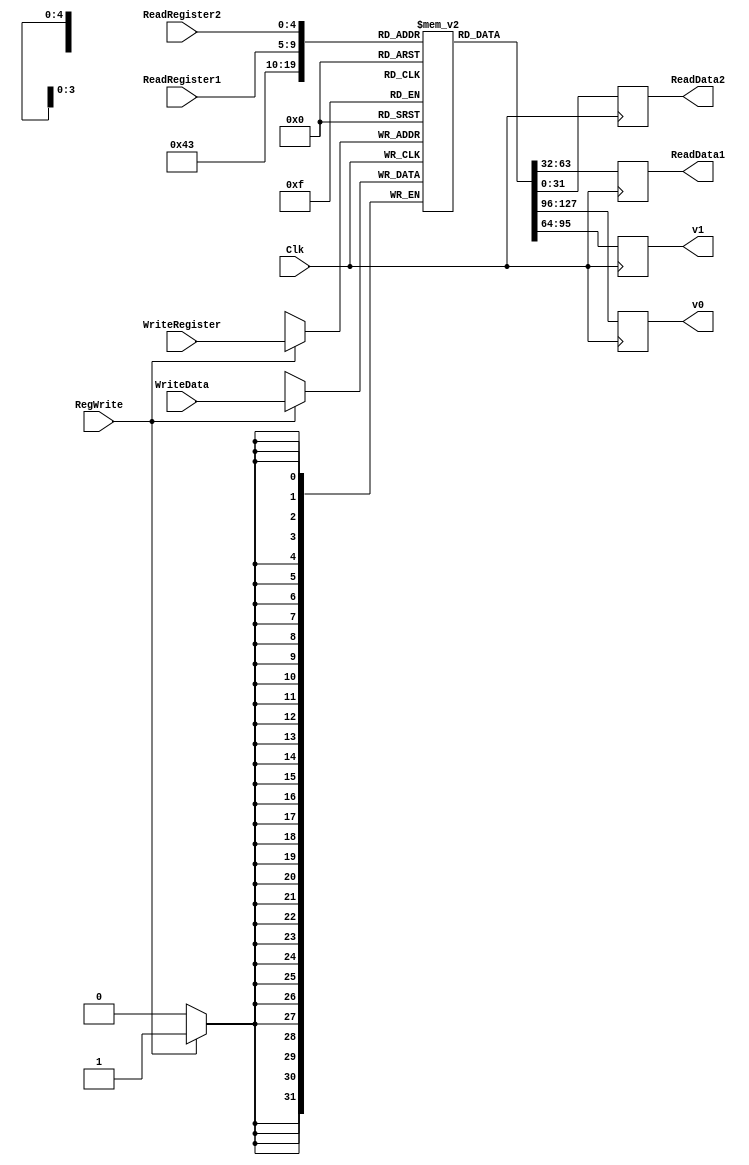
`timescale 1ns / 1ps

////////////////////////////////////////////////////////////////////////////////
// ECE369 - Computer Architecture
// 
//
//
// Student(s) Name and Last Name: Malcolm Hayes, Jaeden Carpenter, Sam Kerns
//
//
// Module - register_file.v
// Description - Implements a register file with 32 32-Bit wide registers.
//
// 
// INPUTS:-
// ReadRegister1: 5-Bit address to select a register to be read through 32-Bit 
//                output port 'ReadRegister1'.
// ReadRegister2: 5-Bit address to select a register to be read through 32-Bit 
//                output port 'ReadRegister2'.
// WriteRegister: 5-Bit address to select a register to be written through 32-Bit
//                input port 'WriteRegister'.
// WriteData: 32-Bit write input port.
// RegWrite: 1-Bit control input signal.
//
// OUTPUTS:-
// ReadData1: 32-Bit registered output. 
// ReadData2: 32-Bit registered output. 
//
// FUNCTIONALITY:-
// 'ReadRegister1' and 'ReadRegister2' are two 5-bit addresses to read two 
// registers simultaneously. The two 32-bit data sets are available on ports 
// 'ReadData1' and 'ReadData2', respectively. 'ReadData1' and 'ReadData2' are 
// registered outputs (output of register file is written into these registers 
// at the falling edge of the clock). You can view it as if outputs of registers
// specified by ReadRegister1 and ReadRegister2 are written into output 
// registers ReadData1 and ReadData2 at the falling edge of the clock. 
//
// 'RegWrite' signal is high during the rising edge of the clock if the input 
// data is to be written into the register file. The contents of the register 
// specified by address 'WriteRegister' in the register file are modified at the 
// rising edge of the clock if 'RegWrite' signal is high. The D-flip flops in 
// the register file are positive-edge (rising-edge) triggered. (You have to use 
// this information to generate the write-clock properly.) 
//
// NOTE:-
// We will design the register file such that the contents of registers do not 
// change for a pre-specified time before the falling edge of the clock arrives 
// to allow for data multiplexing and setup time.
////////////////////////////////////////////////////////////////////////////////

module RegisterFile(ReadRegister1, ReadRegister2, WriteRegister, WriteData, RegWrite, Clk, ReadData1, ReadData2, v0, v1);

	input Clk, RegWrite;
	input [4:0] ReadRegister1;
	input [4:0] ReadRegister2;
	input [4:0] WriteRegister;
	input [31:0] WriteData;
	
	output reg [31:0] ReadData1;
	output reg [31:0] ReadData2;
	output reg [31:0] v0, v1;

	reg jal_flag;

	reg [31:0] RegisterFile [0:31];
	integer i;
	
	initial begin
		jal_flag <= 0;
		v0 <= 0;
		v1 <= 0;
		for (i = 0; i < 32; i = i + 1)
			RegisterFile[i] <= 0; // initially clear all registers

	end
//	always @(*)begin //this is for debugging
//		zeroreg <= RegisterFile[0];
//		s0 <= RegisterFile[16];
//		ra <= RegisterFile[31];
		
//	end

	always @(posedge Clk) begin
	if (RegWrite == 1) begin

		RegisterFile[WriteRegister] <= WriteData; // only write on posedge clock and when write is enabled
	
		end
// if (RegisterFile[22] == 7777)begin
		v0 <= RegisterFile[2];
		v1 <= RegisterFile[3];

// end
	end

	always @(negedge Clk) begin
		ReadData1 <= RegisterFile[ReadRegister1]; // negedge triggered to avoid errors
		ReadData2 <= RegisterFile[ReadRegister2];
	end

endmodule